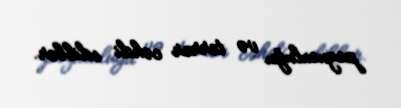
pozuculuğu və terror cəhdi ediblər.